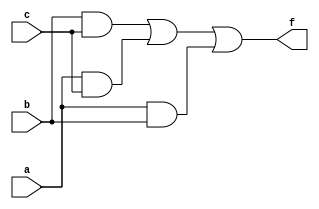
module q4(a, b, c, f);
input a, b, c;
output f;   
and(f1, b, c);
and(f2, a, c);
and(f3, a, b);
or(f, f1, f2, f3);
endmodule